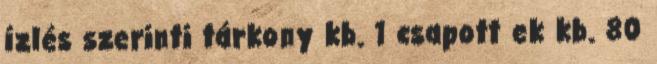
ízlés szerinti tárkony kb. 1 csapott ek kb. 80